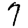
Digit: 7